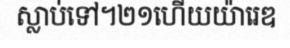
ស្លាប់ទៅ។២១ហើយយ៉ារេឌ